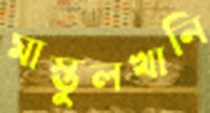
মাস্তুলখানি